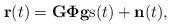
LaTeX: \begin{align*}\mathbf{r}(t)= \mathbf{G}\mathbf{\Phi}\mathbf{g}\mathrm{s}(t)+\mathbf{n}(t),\end{align*}